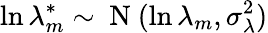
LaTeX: \ln\lambda_{m}^{*}\sim\mathrm{~N~}(\ln\lambda_{m},\sigma_{\lambda}^{2})